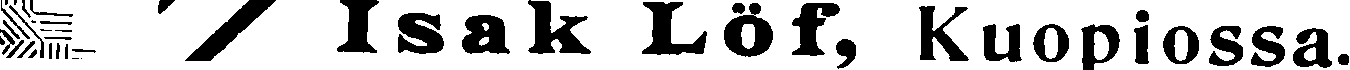
Isak Löf, Kuopiossa.